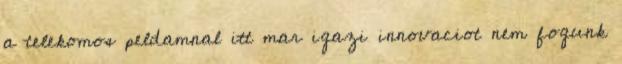
a telekomos peldamnal itt mar igazi innovaciot nem fogunk